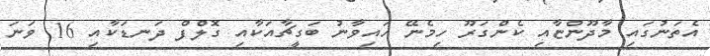
އެތަނުގައި މާދޫންޏާއި ކެންގަރޫ ހިމެނޭ ހައިވާނު ބަގީޗާއަކާއި ގޮލްފް ދަނޑަކާއި 16 ވަނަ